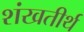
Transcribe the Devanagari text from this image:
शंखतीर्थ